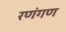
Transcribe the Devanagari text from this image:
रणंगण